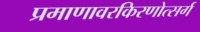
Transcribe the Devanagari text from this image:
प्रमाणावरकिरणोत्सर्ग